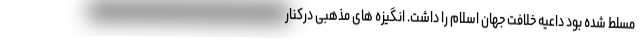
مسلط شده بود داعیه خلافت جهان اسلام را داشت. انگیزه های مذهبی درکنار